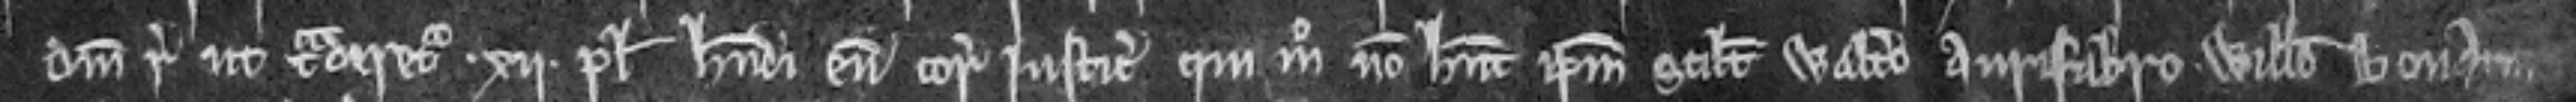
Domini regis ut traderetur .xii. plegiis habendi eum coram justiciariis qui modo non habent ipsum scilicet Waltero aurifabro Willelmo Bonami